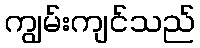
ကျွမ်းကျင်သည်